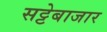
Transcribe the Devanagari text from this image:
सट्टेबाजार